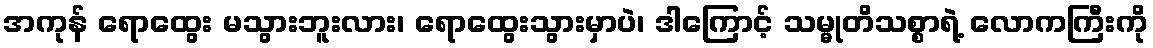
အကုန် ရောထွေး မသွားဘူးလား၊ ရောထွေးသွားမှာပဲ၊ ဒါကြောင့် သမ္မုတိသစ္စာရဲ့ လောကကြီးကို